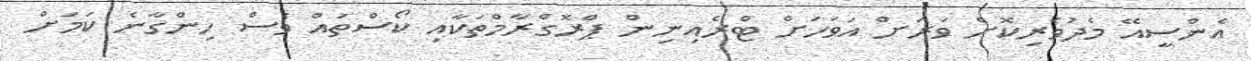
އެންސީއޭ މެދުވެރިކޮށް ވަރަށް އަވަހަށް ޓްރެއިނިން ޕްރޮގްރާމްތަކާއި ކޯސްތައް ވެސް ހިންގާނެ ކަމަށް